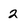
Character: 2